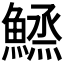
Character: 𱆼